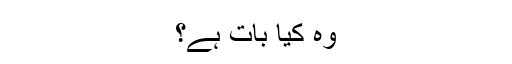
وہ کیا بات ہے؟